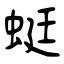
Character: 蜓